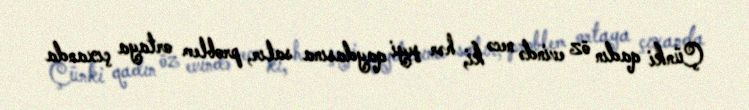
Çünki qadın öz evində necə ki, hər şeyi qaydasına salır, problem ortaya çıxanda